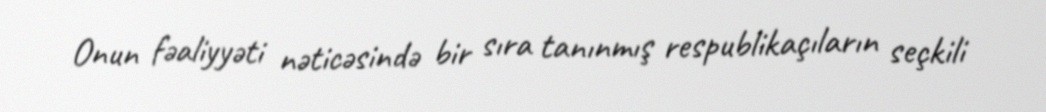
Onun fəaliyyəti nəticəsində bir sıra tanınmış respublikaçıların seçkili